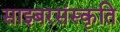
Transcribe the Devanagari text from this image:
साइबरसंस्कृति